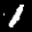
Label: 1